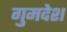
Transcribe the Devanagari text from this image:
गुमदेश